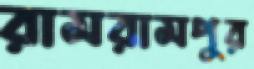
রামরামপুর